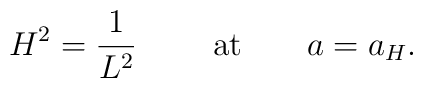
H^2={1\over L^2}\ \ \ \ \ \ \ {\rm at}\ \ \ \ \ \ a=a_H.